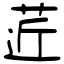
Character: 菦